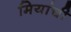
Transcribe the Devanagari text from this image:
मियांची